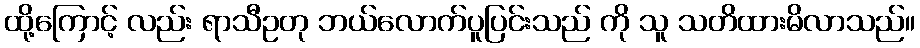
ထို့ကြောင့် လည်း ရာသီဥတု ဘယ်လောက်ပူပြင်းသည် ကို သူ သတိထားမိလာသည်။